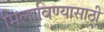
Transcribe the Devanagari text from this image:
मिलाविण्यासाठी